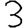
Digit: 3